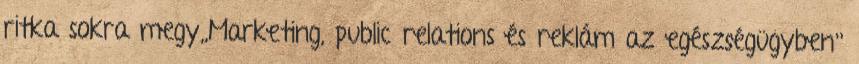
ritka sokra megy,,Marketing, public relations és reklám az egészségügyben’’